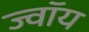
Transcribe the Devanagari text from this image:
ज्वॉय